Lunatic asylums in Bengal annual reports 1912-1924 - 1912-1924
Year: 1912
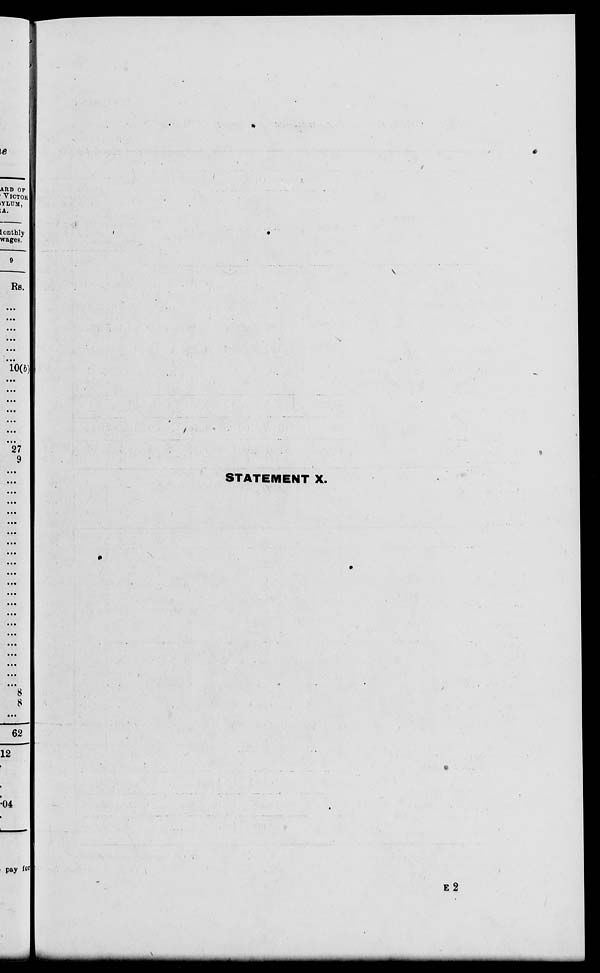
STATEMENT X.
E 2